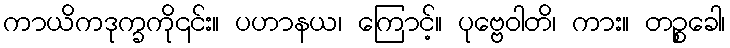
ကာယိကဒုက္ခကို၎င်း။ ပဟာနယ၊ ကြောင့်။ ပုဗ္ဗေဝါတိ၊ ကား။ တဉ္စခေါ၊